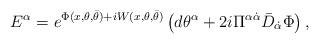
LaTeX: \begin{align*} {E}^{{\alpha}}= e^{\Phi (x,\theta, \bar{\theta}) +i W (x,\theta, \bar{\theta})} \left( d{\theta}^\alpha + {2i} \Pi^{\alpha\dot{\alpha}}\bar{D}_{\dot{\alpha}} \Phi \right),\end{align*}